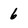
Character: 6